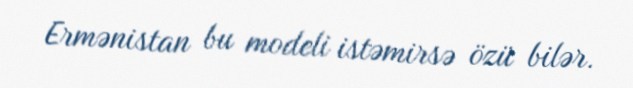
Ermənistan bu modeli istəmirsə özü bilər.